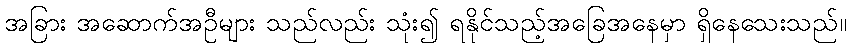
အခြား အဆောက်အဦများ သည်လည်း သုံး၍ ရနိုင်သည့်အခြေအနေမှာ ရှိနေသေးသည်။